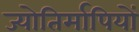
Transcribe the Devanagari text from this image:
ज्योतिर्मापियों